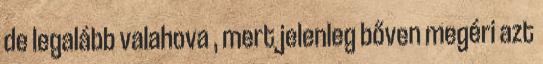
de legalább valahova , mert jelenleg bőven megéri azt